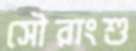
সৌরাংশু